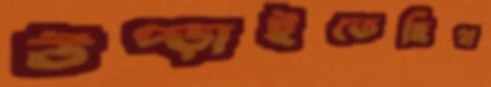
উপ্‌ড়াইতেছিথ